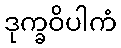
ဒုက္ခဝိပါကံ